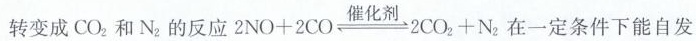
转变成CO_{2}和N_{2}的反应$$2 N O